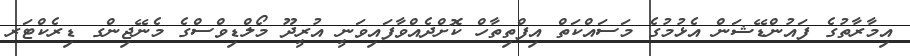
އިމާރާތުގެ ފައުންޑޭޝަން އެޅުމުގެ މަސައްކަތް އިފްތިތާހް ކޮށްދެއްވާފައިވަނީ އުރީދޫ މޯލްޑިވްސްގެ މެނޭޖިންގ ޑިރެކްޓަރ